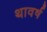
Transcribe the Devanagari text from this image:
थावर्ष